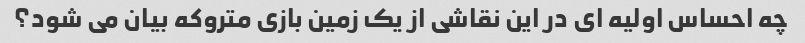
چه احساس اولیه ای در این نقاشی از یک زمین بازی متروکه بیان می شود؟